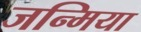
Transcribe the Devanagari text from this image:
जन्मिया